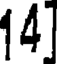
14